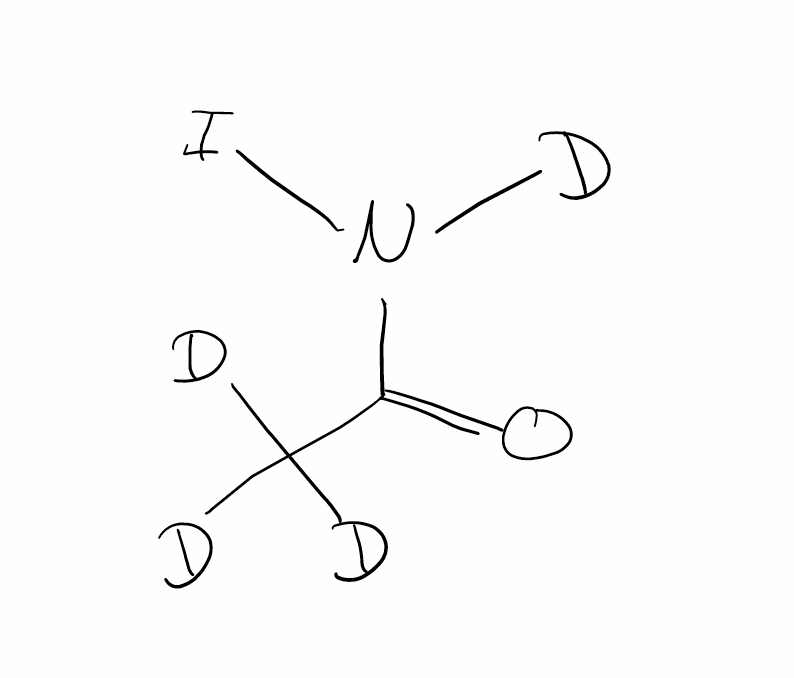
Simplified molecular-input line-entry system (SMILES) notation of the given molecule:
[2H]C([2H])([2H])C(=O)N([2H])I